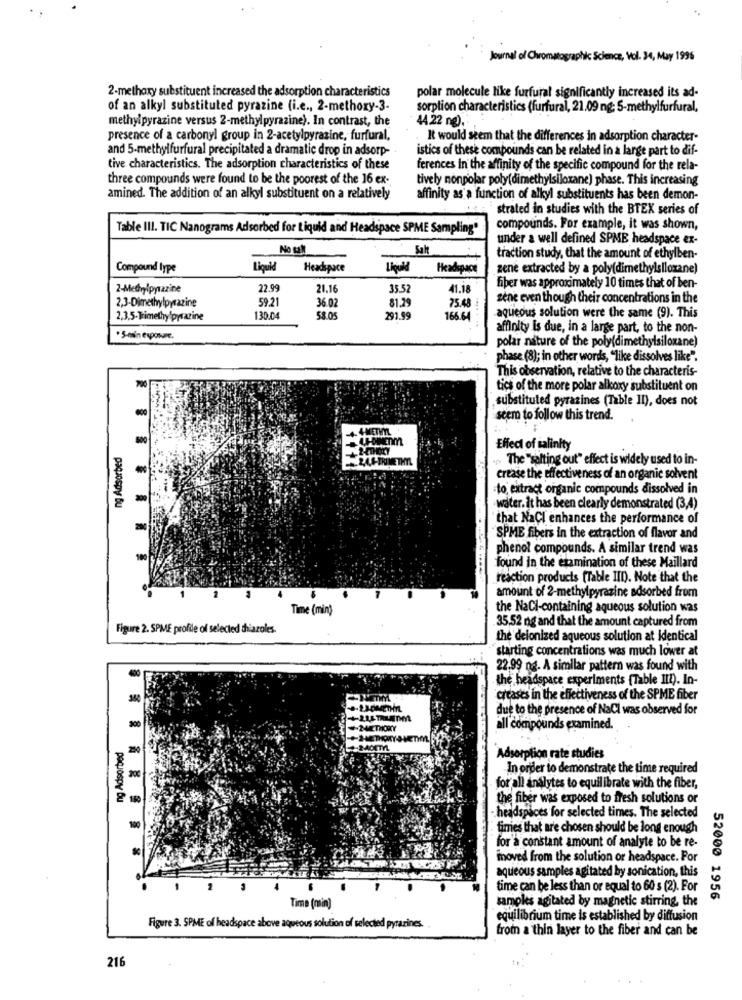
Journal of Chromatographk Science, Vol. 34, May 1996
2-methoxy substituent increased the adsorption characteristics
polar molecule like furfural significantly increased its ad-
of an alkyl substituted pyrazine (i.e ., 2-methoxy-3-
sorption characteristics (furfural, 21.09 ng; 5-methylfurfural,
methylpyrazine versus 2-methylpyrazine). In contrast, the
44.22 ng).
presence of a carbonyl group in 2-acetylpyrazine, furfural,
It would seem that the differences in adsorption character-
and 5-methylfurfural precipitated a dramatic drop in adsorp-
istics of these compounds can be related in a large part to dif-
tive characteristics. The adsorption characteristics of these
ferences in the affinity of the specific compound for the rela-
three compounds were found to be the poorest of the 16 ex-
tively nonpolar poly(dimethylsiloxane) phase. This increasing
amined. The addition of an alkyl substituent on a relatively
affinity as a function of alkyl substituents has been demon-
`strated in studies with the BTEX series of
Table III. TIC Nanograms Adsorbed for Liquid and Headspace SPME Sampling"
compounds. For example, it was shown,
under a well defined SPME headspace ex-
No ult
Salt
traction study, that the amount of ethylben-
Compound type
Liquid
Headspace
Liquid
Headspace
zene extracted by a poly(dimethylsiloxane)
2-Medrylpyrazine
22.99
21.16
35.52
41.18
fiber was approximately 10 times that of ben-
2,3-Dimethylpyrazine
59.21
36.02
81.29
sene even though their concentrations in the
75.48
aqueous solution were the same (9). This
2,3,5-Trimethylpyrazine
130.04
58.05
291.99
166.64
affinity is due, in a large part, to the non-
*5-min espowie,
polar nature of the poly(dimethylsiloxane)
phase (8); in other words, "like dissolves like".
This observation, relative to the characteris-
tics of the more polar alkoxy substituent on
substituted pyrazines (Table II), does not
seem to follow this trend.
ng Adsorbed
Effect of salinity
... The "salting out" effect is widely used to in-
crease the effectiveness of an organic solvent
-to extract organic compounds dissolved in
water. it has been clearly demonstrated (3,4)
that NaCI enhances the performance of
SPME fibers in the extraction of flavor and
phenol compounds. A similar trend was
found in the examination of these Maillard
reaction products [Table IID). Note that the
amount of 2-methylpyrazine adsorbed from
Time (min)
the NaCl-containing aqueous solution was
35,52 ng and that the amount captured from
Figure 2. SPME profile of selected diazoles
the deionized aqueous solution at identical
starting concentrations was much lower at
22.99 ng. A similar pattern was found with
the headspace experiments [Table III). In-
creases in the effectiveness of the SPME fiber
due to the presence of NaCl was observed for
200
all compounds examined.
ng Adsorbed
200
Adsorption rate studies
In order to demonstrate the time required
200
for all analytes to equilibrate with the fiber,
the fiber was exposed to fresh solutions or
100
headspaces for selected times. The selected
... .. . .
times that are chosen should be long enough
for'a constant amount of analyte to be re-
&
inoved from the solution or headspace. For
aqueous samples agitated by sonication, this
2
time can be less than or equal to 60 s (2). For
samples agitated by magnetic stirring, the
52000 1956
Time (min)
equilibrium time is established by diffusion
Figure 3. SPME of headspace above aqueous solution of selected pytarines.
from a thin layer to the fiber and can be
216